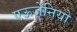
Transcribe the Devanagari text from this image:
एऊजेनियो